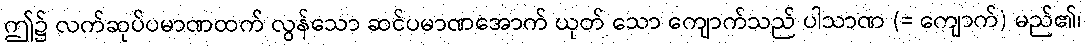
ဤ၌ လက်ဆုပ်ပမာဏထက် လွန်သော ဆင်ပမာဏအောက် ယုတ် သော ကျောက်သည် ပါသာဏ (= ကျောက်) မည်၏၊